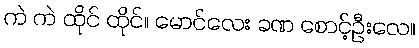
ကဲ ကဲ ထိုင် ထိုင်။ မောင်လေး ခဏ စောင့်ဦးလေ။